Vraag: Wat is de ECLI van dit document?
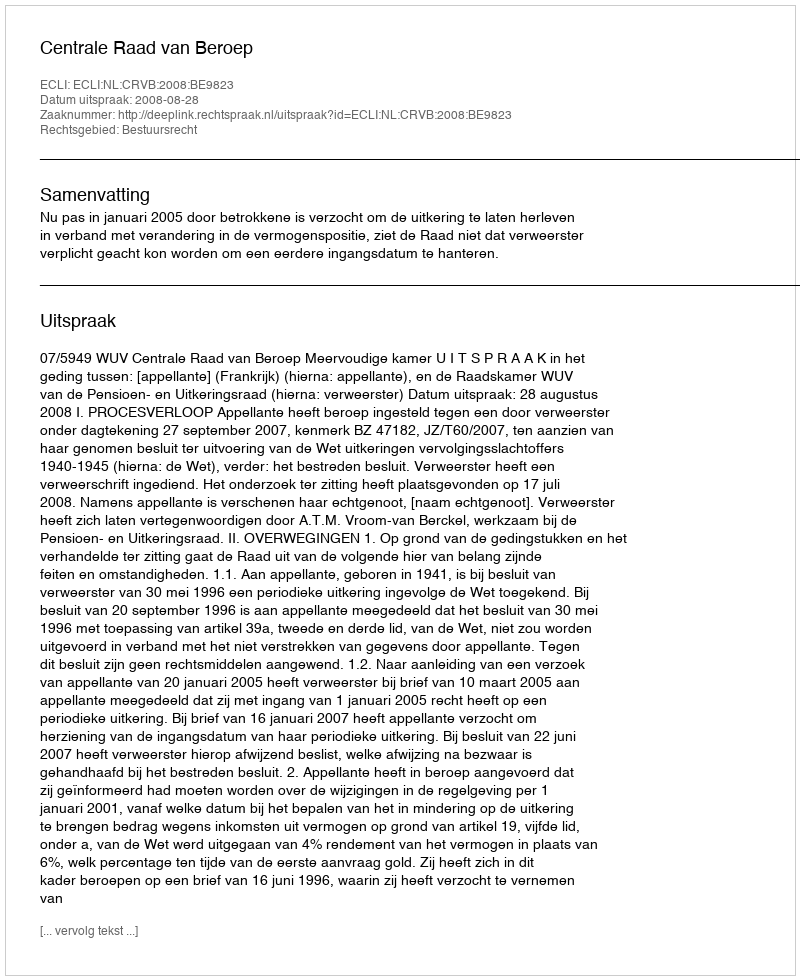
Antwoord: ECLI:NL:CRVB:2008:BE9823